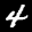
Label: 4